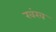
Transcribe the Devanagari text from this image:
खंख